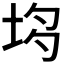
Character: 𡋝